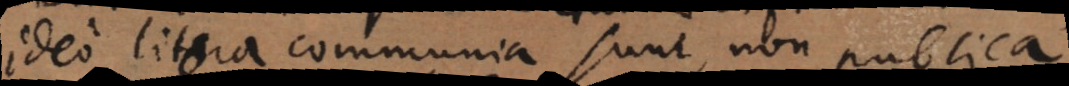
ideo litora communia sunt, non publica